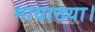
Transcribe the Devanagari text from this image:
मायाख्या।